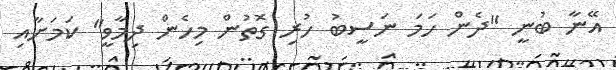
އޭނާ ބުނީ "ދެން ހަމަ ނަސީބު ހުރި ގޮތުން މިހެން ދިމާވީ" ކަމަށާއި